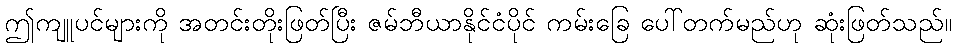
ဤကျူပင်များကို အတင်းတိုးဖြတ်ပြီး ဇမ်ဘီယာနိုင်ငံပိုင် ကမ်းခြေ ပေါ်တက်မည်ဟု ဆုံးဖြတ်သည်။